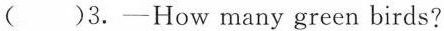
( )3.—How many green birds?